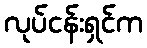
လုပ်ငန်းရှင်က